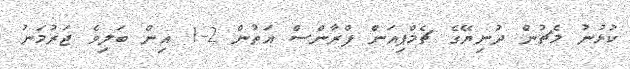
ކުޅުނު މެޗުން ދުނިޔޭގެ ޗެމްޕިއަން ފްރާންސް އަތުން 2-1 އިން ބަލިވެ ޖަރުމަނު